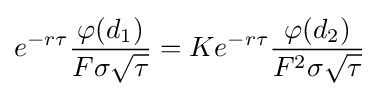
e^{-r\tau }{\frac {\varphi (d_{1})}{F\sigma {\sqrt {\tau }}}}=Ke^{-r\tau }{\frac {\varphi (d_{2})}{F^{2}\sigma {\sqrt {\tau }}}}